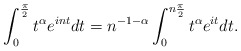
\begin{align*}\int_{0}^{\frac{\pi}{2}}t^{\alpha}e^{int} dt=n^{-1-\alpha}\int_{0}^{n\frac{\pi}{2}}t^{\alpha}e^{it}dt.\end{align*}